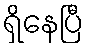
ရှိနေပြီ